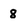
Character: 8